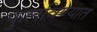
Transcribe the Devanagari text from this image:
फुलविण्यात